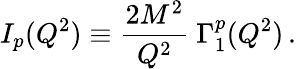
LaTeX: I_{p}(Q^{2})\equiv{\frac{2M^{2}}{Q^{2}}}~\Gamma_{1}^{p}(Q^{2})\, .